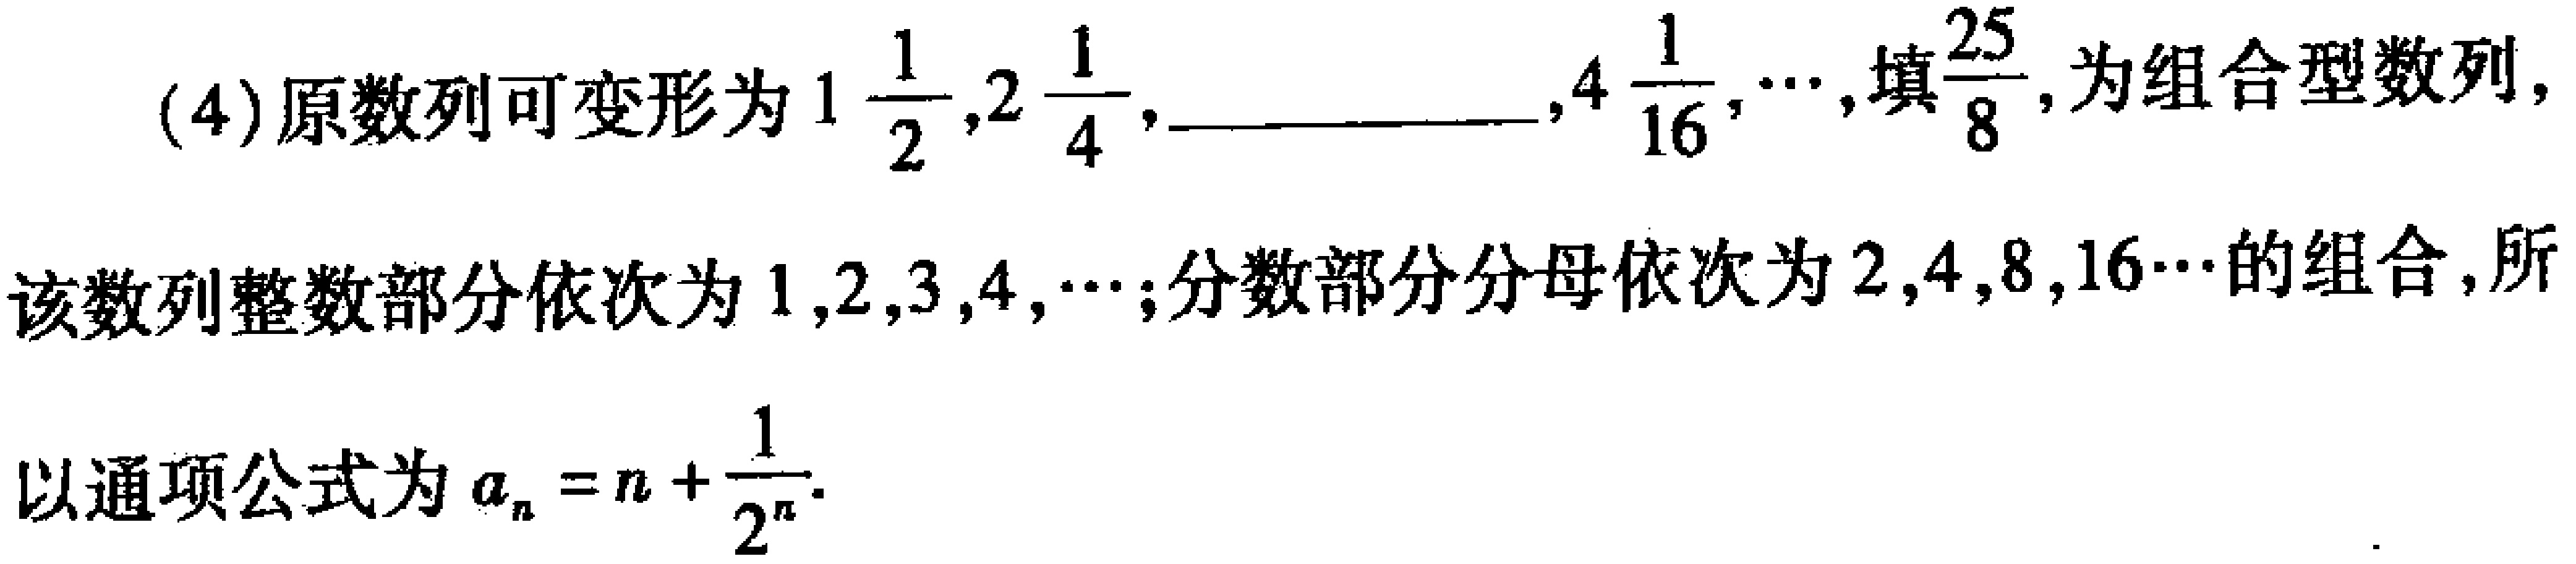
(4)原数列可变形为\(1\frac{1}{2},2\frac{1}{4},\underline{\qquad},4\frac{1}{16},\cdots\),填\(\frac{25}{8}\),为组合型数列,
该数列整数部分依次为\(1,2,3,4,\cdots\);分数部分分母依次为\(2,4,8,16\cdots\)的组合,所
以通项公式为\(a_{n}=n + \frac{1}{2^{n}}\).